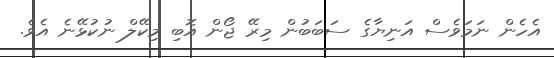
އެހެން ނަމަވެސް އަނިޔާގެ ސަބަބުން މިރޭ ޖޯން އޮބި މިކޭލް ނުކުޅޭނެ އެވެ.